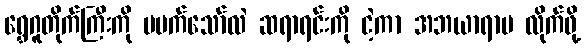
ရွှေဂူတိုက်ကြီးကို မမက်သော်လဲ ဆရာရင်းကို ငဲ့ကာ အဘယာရာမ လိုက်ဖို့